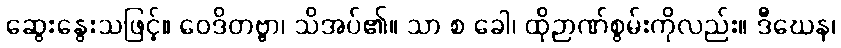
ဆွေးနွေးသဖြင့်။ ဝေဒိတဗ္ဗာ၊ သိအပ်၏။ သာ စ ခေါ၊ ထိုဉာဏ်စွမ်းကိုလည်း။ ဒီဃေန၊